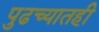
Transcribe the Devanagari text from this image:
पुढच्यातही